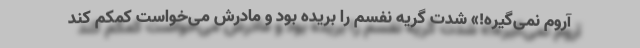
آروم نمی‌گیره!» شدت گریه نفسم را بریده بود و مادرش می‌خواست کمکم کند